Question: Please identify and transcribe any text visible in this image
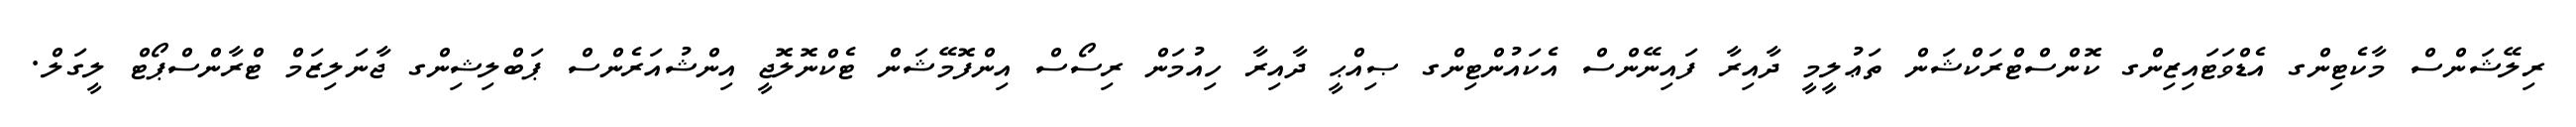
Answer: ރިލޭޝަންސް މާކެޓިންގ އެޑްވަޓައިޒިންގ ކޮންސްޓްރަކްޝަން ތަޢުލީމީ ދާއިރާ ފައިނޭންސް އެކައުންޓިންގ ޞިއްޙީ ދާއިރާ ހިއުމަން ރިސޯސް އިންފޮމޭޝަން ޓެކްނޮލޮޖީ އިންޝުއަރެންސް ޕަބްލިޝިންގ ޖާނަލިޒަމް ޓްރާންސްޕޯޓް ލީގަލް.